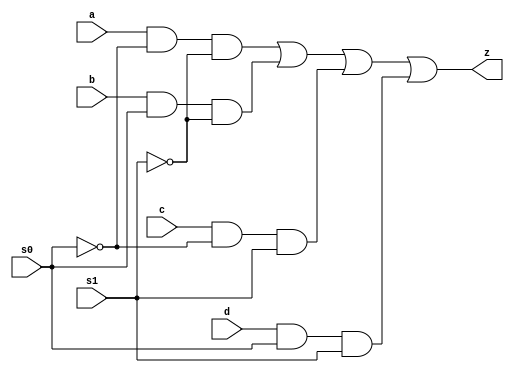
`timescale 1ns / 1ps
//////////////////////////////////////////////////////////////////////////////////
//
// Module Name:    FourToOneMUX 
//
// Description: 4-to-1 Multiplexer Using Verilog-HDL
//
//////////////////////////////////////////////////////////////////////////////////
module FourToOneMUX(
	input a,
	input b,
	input c,
	input d,
	input s0,
	input s1,
	output z
    );
and(temp1, a, ~s0, ~s1);
and(temp2, b, s0, ~s1);
and(temp3, c, ~s0, s1);
and(temp4, d, s0, s1);

or(z, temp1, temp2, temp3, temp4);

endmodule